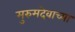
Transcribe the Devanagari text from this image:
मुरुमदेवाच्या